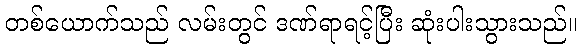
တစ်ယောက်သည် လမ်းတွင် ဒဏ်ရာရင့်ပြီး ဆုံးပါးသွားသည်။